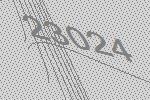
23024